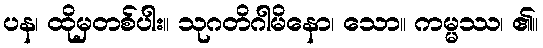
ပန၊ ထိုမှတစ်ပါး။ သုဂတိဂါမိနော၊ သော။ ကမ္မဿ၊ ၏။